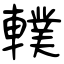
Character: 轐